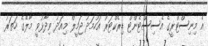
އެ މިނިސްޓްރީގެ އެސިސްޓެންޓް ޑިރެކްޓަރު އަހުމަދު ޖަމީލް މިއަދު ވިދާޅުވީ މާލޭގެ ހަތަރު